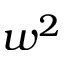
w ^ { 2 }